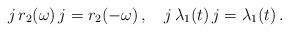
LaTeX: \begin{align*} j\,r_2(\omega)\,j= r_2(-\omega)\,,\quad j\,\lambda_1(t)\,j= \lambda_1(t)\,.\end{align*}